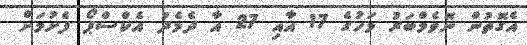
އެގޮތުން ނޮވެމްބަރު މަހުގެ 17 އާއި 27 އާ ދެމެދު އެކްސްޕޯ ފެށުމަށް